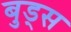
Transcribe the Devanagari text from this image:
बुड्‌स